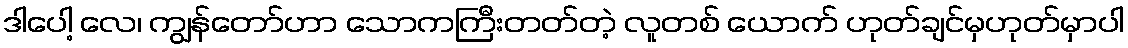
ဒါပေါ့ လေ၊ ကျွန်တော်ဟာ သောကကြီးတတ်တဲ့ လူတစ် ယောက် ဟုတ်ချင်မှဟုတ်မှာပါ